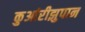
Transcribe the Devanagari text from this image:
कुआंरीझुपान